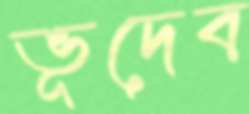
ভূদেব